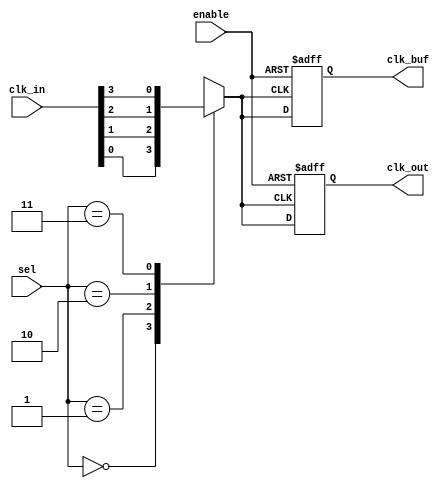
module clock_mux_buffer #(
    parameter n = 4,  // Number of clock inputs
    parameter m = 2   // Number of select lines (m = log2(n))
)(
    input  wire [n-1:0] clk_in,   // Clock inputs
    input  wire [m-1:0] sel,      // Select lines
    input  wire enable,            // Enable signal
    output reg  clk_out,           // Clock output
    output reg  clk_buf            // Buffered clock output
);

    // Internal signals
    reg selected_clk;

    // Combinational logic to select the clock input based on the select lines
    always @(*) begin
        case (sel)
            // Select the appropriate clock input based on the select lines
            2'b00: selected_clk = clk_in[0];
            2'b01: selected_clk = clk_in[1];
            2'b10: selected_clk = clk_in[2];
            2'b11: selected_clk = clk_in[3];
            default: selected_clk = clk_in[0]; // Default case (safety)
        endcase
    end

    // Output logic
    always @(posedge selected_clk or negedge enable) begin
        if (!enable) begin
            clk_out <= 1'b0;  // When disabled, hold output low
            clk_buf <= 1'b0;  // Buffered clock also held low
        end else begin
            clk_out <= selected_clk; // Route the selected clock
            clk_buf <= selected_clk;  // Buffered clock follows selected clock
        end
    end

endmodule